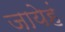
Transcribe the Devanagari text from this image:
जायेहं